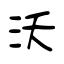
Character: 沃